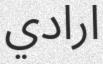
ارادي